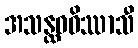
အသန္ထဝဝိဿာသီ